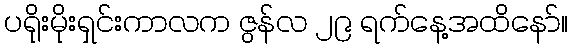
ပရိုးမိုးရှင်းကာလက ဇွန်လ ၂၉ ရက်နေ့အထိနော်။